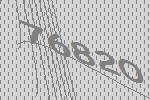
76820